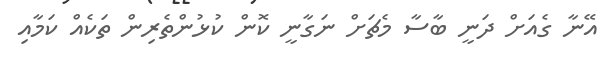
އޭނާ ގެއަށް ދަނީ ބާސާ މެޗަށް ނަގާނީ ކޮން ކުޅުންތެރިން ތަކެއް ކަމާއި